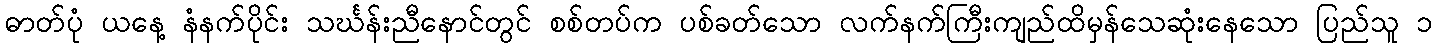
ဓာတ်ပုံ ယနေ့ နံနက်ပိုင်း သင်္ဃန်းညီနောင်တွင် စစ်တပ်က ပစ်ခတ်သော လက်နက်ကြီးကျည်ထိမှန်သေဆုံးနေသော ပြည်သူ ၁